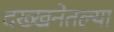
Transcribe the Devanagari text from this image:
दख्खनेतल्या